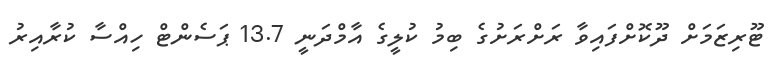
ޓޫރިޒަމަށް ދޫކޮށްފައިވާ ރަށްރަށުގެ ބިމު ކުލީގެ އާމްދަނީ 13.7 ޕަސެންޓް ހިއްސާ ކުރާއިރު